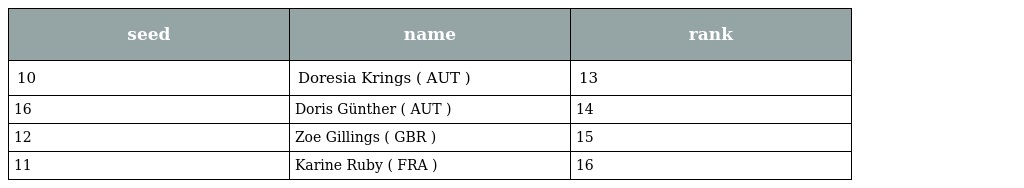
| seed | name | rank |
 | --- | --- | --- |
 | 10 | Doresia Krings ( AUT ) | 13 |
 | 16 | Doris Günther ( AUT ) | 14 |
 | 12 | Zoe Gillings ( GBR ) | 15 |
 | 11 | Karine Ruby ( FRA ) | 16 |